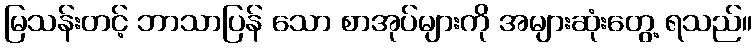
မြသန်းတင့် ဘာသာပြန် သော စာအုပ်များကို အများဆုံးတွေ့ ရသည်။